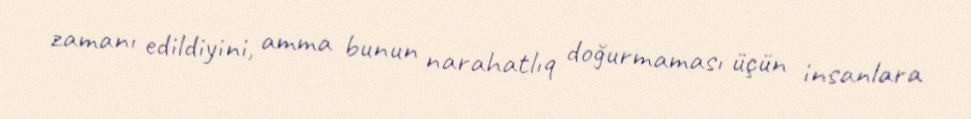
zamanı edildiyini, amma bunun narahatlıq doğurmaması üçün insanlara